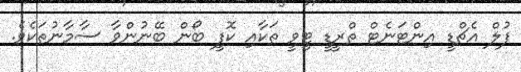
ފުލް އެޗްޑީ އިންޓަނެޓް ތްރީޑީ ޓީވީ ތަކާއި ކޮފީ ބޯން ބޭނުންވާ ސާމާނުތަކެވެ.